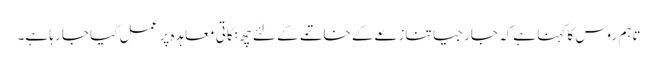
تاہم روس کا کہنا ہےکہ جارجیا تنازعےکے خاتمے کے لئے چھ نکاتی معاہدہ پر عمل کیا جا رہا ہے۔